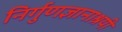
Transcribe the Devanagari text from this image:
निर्गुणज्ञानाश्रयी